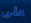
على